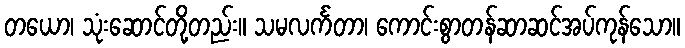
တယော၊ သုံးဆောင်တို့တည်း။ သမလင်္ကတာ၊ ကောင်းစွာတန်ဆာဆင်အပ်ကုန်သော။